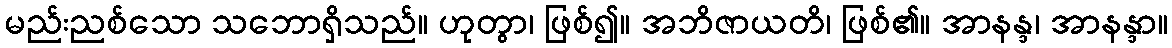
မည်းညစ်သော သဘောရှိသည်။ ဟုတွာ၊ ဖြစ်၍။ အဘိဇာယတိ၊ ဖြစ်၏။ အာနန္ဒ၊ အာနန္ဒာ။